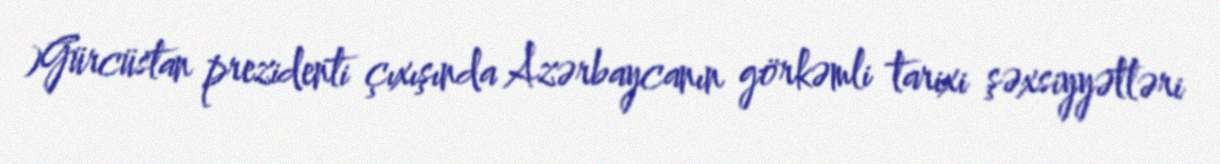
)Gürcüstan prezidenti çıxışında Azərbaycanın görkəmli tarixi şəxsiyyətləri